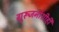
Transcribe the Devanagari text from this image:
गुरूजनांशीही